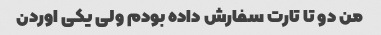
من دو تا تارت سفارش داده بودم ولی یکی اوردن